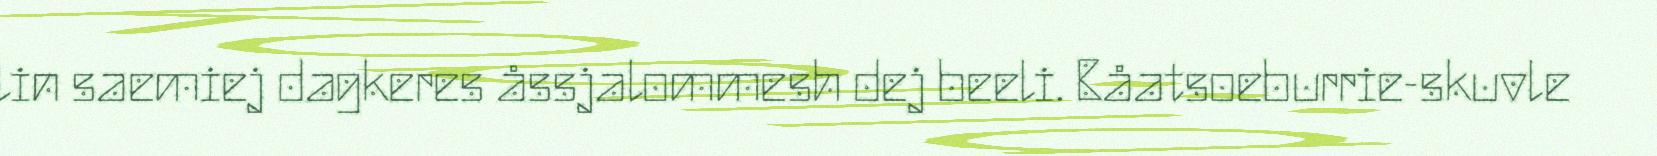
lin saemiej dagkeres åssjalommesh dej beeli. Båatsoeburrie-skuvle